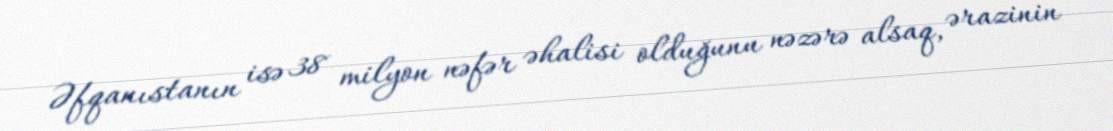
Əfqanıstanın isə 38 milyon nəfər əhalisi olduğunu nəzərə alsaq, ərazinin